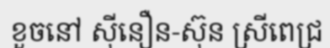
ខួចនៅ ស៊ីនឿន-ស៊ុន ស្រីពេជ្រ